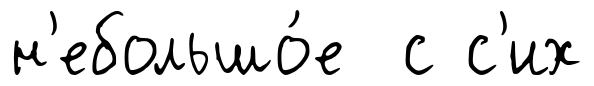
н'ебольшо́е с с'их